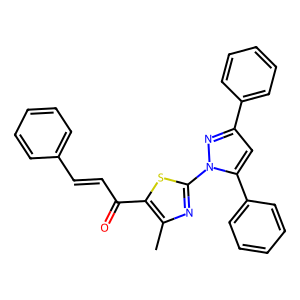
SMILES: Cc1nc(-n2nc(-c3ccccc3)cc2-c2ccccc2)sc1C(=O)C=Cc1ccccc1
Inhibits HIV replication: No